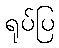
ရုပ်ပြ